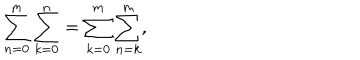
\sum _ { n = 0 } ^ { m } \sum _ { k = 0 } ^ { n } = \sum _ { k = 0 } ^ { m } \sum _ { n = k } ^ { m } ,